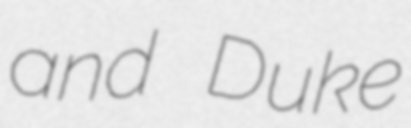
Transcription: and Duke